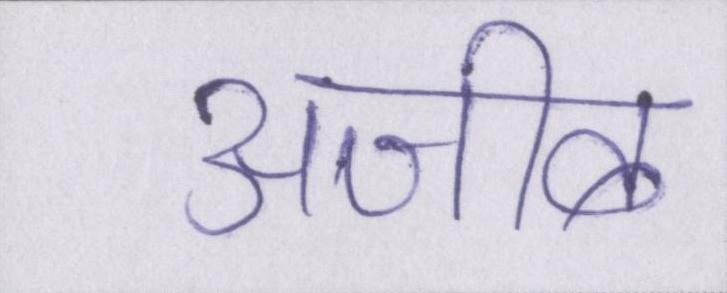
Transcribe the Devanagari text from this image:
अजीब